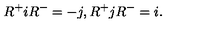
R ^ { + } i R ^ { - } = - j , R ^ { + } j R ^ { - } = i .